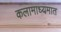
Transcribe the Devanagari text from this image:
कलामाध्यमात